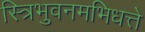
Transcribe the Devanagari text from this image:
स्त्रिभुवनमभिधत्ते